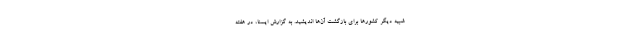
شبیه دیگر کشورها برای بازگشت آن‌ها اندیشید. به گزارش ایسنا، در هفته